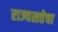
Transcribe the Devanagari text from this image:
राज्यसत्तेचा